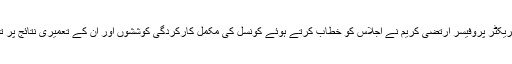
اردو کونسل کے ڈائریکٹر پروفیسر ارتضی کریم نے اجلاس کو خطاب کرتے ہوئے کونسل کی مکمل کارکردگی کوششوں اور ان کے تعمیری نتائج پر تفصیلی روشنی ڈالی۔